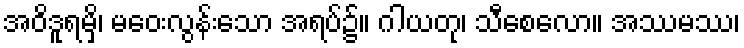
အဝိဒူရမှိ၊ မဝေးလွန်းသော အရပ်၌။ ဂါယတု၊ သီစေလော။ အဿမဿ၊